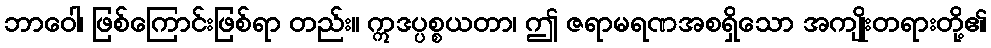
ဘာဝေါ၊ ဖြစ်ကြောင်းဖြစ်ရာ တည်း။ ဣဒပ္ပစ္စယတာ၊ ဤ ဇရာမရဏအစရှိသော အကျိုးတရားတို့၏